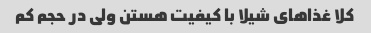
کلا غذاهای شیلا با کیفیت هستن ولی در حجم کم